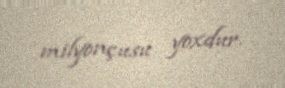
milyonçusu yoxdur.